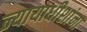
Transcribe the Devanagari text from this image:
न्यायाधीशांना